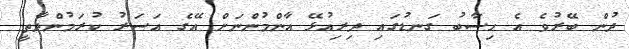
ދުން ބޭރުވެ އެ ހިސާބު ގަނޑުގައި ދިރިއުޅޭ އާންމުންނަށް އޭގެ އަސަރު ކުރަމުންދާތީ